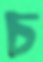
চ